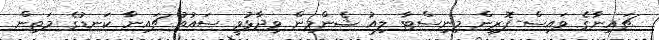
ޗައިނާގެ ވައިސް-ފޮރިން މިނިސްޓާ ލިއު ޝެންމިން ވިދާޅުވީ ސައުތު ޗައިނާ ކަނޑުގެ މަތިން